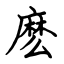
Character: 麽